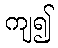
ကျ၍